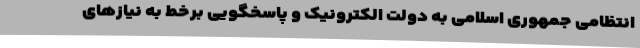
انتظامی جمهوری اسلامی به دولت الکترونیک و پاسخگویی برخط به نیازهای